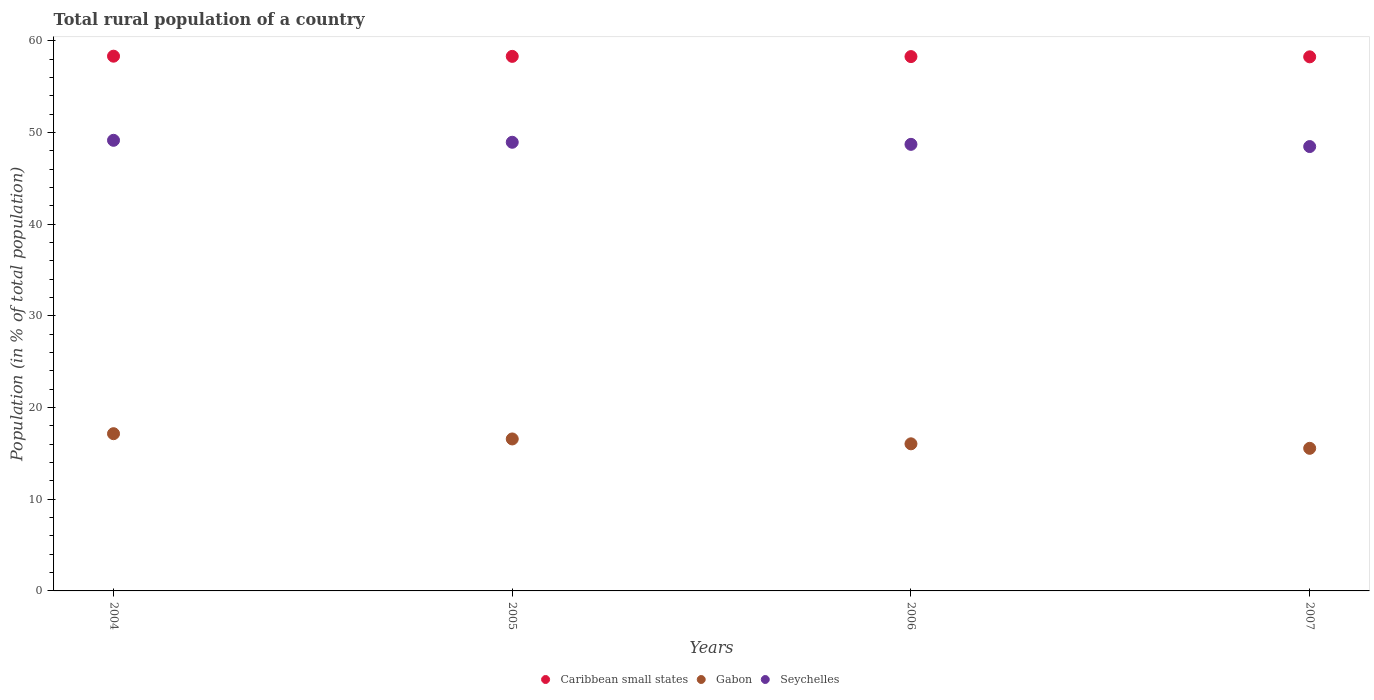
| Years | Caribbean small states | Gabon | Seychelles |
 | --- | --- | --- | --- |
 | 2004 | 58.3 | 17.2 | 49.2 |
 | 2005 | 58.3 | 16.6 | 48.9 |
 | 2006 | 58.3 | 16 | 48.7 |
 | 2007 | 58.3 | 15.6 | 48.5 |